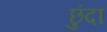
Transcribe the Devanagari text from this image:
छुंदा